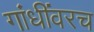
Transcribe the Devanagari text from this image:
गांधींवरच